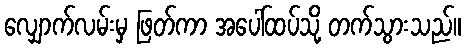
လျှောက်လမ်းမှ ဖြတ်ကာ အပေါ်ထပ်သို့ တက်သွားသည်။